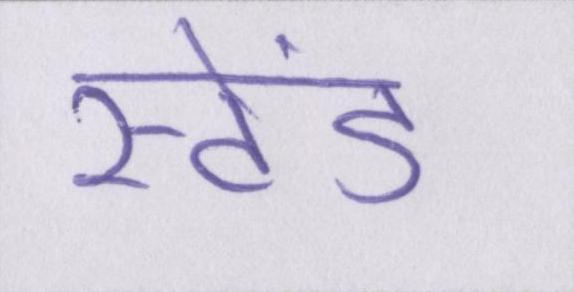
स्टेंड